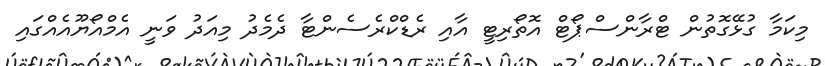
މިކަމާ ގުޅޭގޮތުން ޓްރާންސްޕޯޓް އޮތޯރިޓީ އާއި ރެޑްކްރެސެންޓާ ދެމެދު މިއަދު ވަނީ އެމްއޯޔޫއެއްގައި